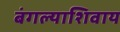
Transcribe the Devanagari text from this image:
बंगल्याशिवाय